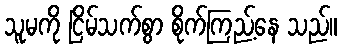
သူမကို ငြိမ်သက်စွာ စိုက်ကြည့်နေ သည်။